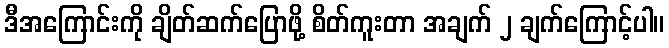
ဒီအကြောင်းကို ချိတ်ဆက်ပြောဖို့ စိတ်ကူးတာ အချက် ၂ ချက်ကြောင့်ပါ။